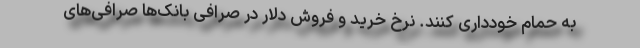
به حمام خودداری کنند. نرخ خرید و فروش دلار در صرافی بانک‌ها صرافی‌های